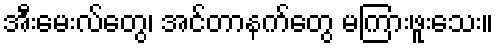
အီးမေးလ်တွေ၊ အင်တာနက်တွေ မကြားဖူးသေး။